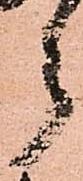
郎